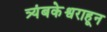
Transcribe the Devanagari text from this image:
त्र्यंबकेश्वराहून